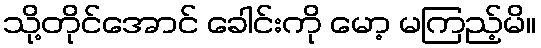
သို့တိုင်အောင် ခေါင်းကို မော့ မကြည့်မိ။